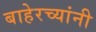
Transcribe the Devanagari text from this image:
बाहेरच्यांनी